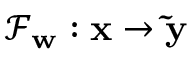
\mathcal { F } _ { \mathbf { w } } : \mathbf { x } \rightarrow \mathbf { \tilde { y } }